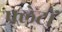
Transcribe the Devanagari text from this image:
फ्लेटों